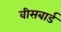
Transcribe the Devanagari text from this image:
वीसबार्ड